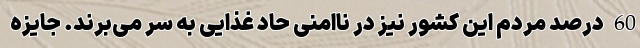
60 درصد مردم این کشور نیز در ناامنی حاد غذایی به سر می‌برند. جایزه